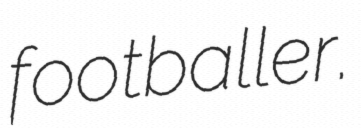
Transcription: footballer.